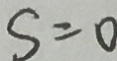
S = 0